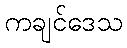
ကချင်ဒေသ